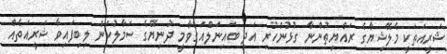
ޝަރީއަތަކީ މެލޭޝިޔާގެ ރައްޔިތުންނާ ގުޅުންހުރި އަދި ބައިނަލްއަގްވާމީ ދުނިޔޭގެ ސަމާލުކަން ލިބިފައިވާ ޝަރީއަތެއް